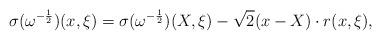
LaTeX: \begin{align*}\sigma(\omega^{-\frac{1}{2}})(x,\xi) = \sigma(\omega^{-\frac{1}{2}})(X,\xi) - \sqrt{2} (x-X) \cdot r(x,\xi),\end{align*}